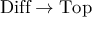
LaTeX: { \mathrm { D i f f } } \to { \mathrm { T o p } }